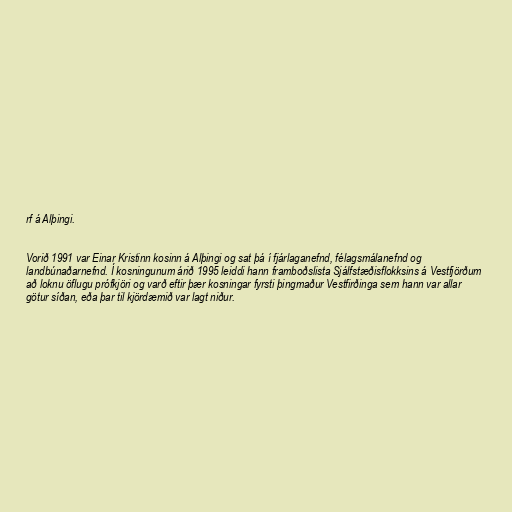
rf á Alþingi.

Vorið 1991 var Einar Kristinn kosinn á Alþingi og sat þá í fjárlaganefnd, félagsmálanefnd og
landbúnaðarnefnd. Í kosningunum árið 1995 leiddi hann framboðslista Sjálfstæðisflokksins á Vestfjörðum
að loknu öflugu prófkjöri og varð eftir þær kosningar fyrsti þingmaður Vestfirðinga sem hann var allar
götur síðan, eða þar til kjördæmið var lagt niður.